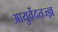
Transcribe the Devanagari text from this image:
आयुर्वेदतज्ज्ञ